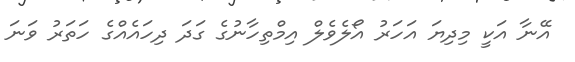
އޭނާ އަކީ މިދިޔަ އަހަރު އޯލެވެލް އިމްތިހާނުގެ ގަދަ ދިހައެއްގެ ހަތަރު ވަނަ